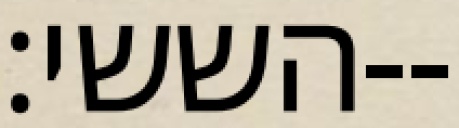
הששי׃--